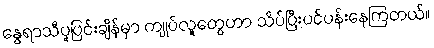
နွေရာသီပူပြင်းချိန်မှာ ကျုပ်လူတွေဟာ သိပ်ပြီးပင်ပန်းနေကြတယ်။